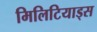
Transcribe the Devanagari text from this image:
मिलिटियाड्स